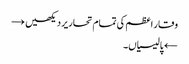
وقار اعظم کی تمام تحاریر دیکھیں →
← پالیسیاں۔